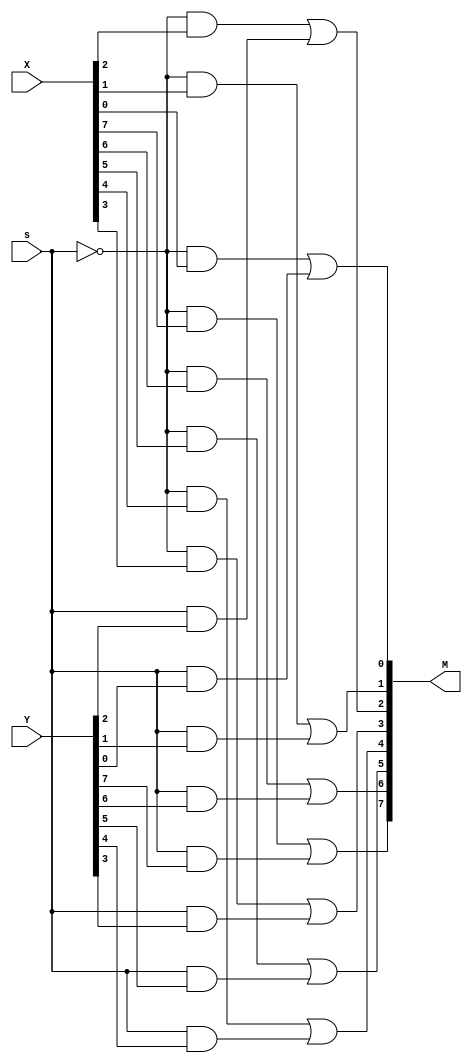
module base_8xMUX2to1 (	input s, 
								input [7:0] X, Y,
								output [7:0] M);			
							
	assign M[7] = ((~s & X[7])|(s & Y[7]));
	assign M[6] = ((~s & X[6])|(s & Y[6]));
	assign M[5] = ((~s & X[5])|(s & Y[5]));
	assign M[4] = ((~s & X[4])|(s & Y[4]));
	assign M[3] = ((~s & X[3])|(s & Y[3]));
	assign M[2] = ((~s & X[2])|(s & Y[2]));
	assign M[1] = ((~s & X[1])|(s & Y[1]));
	assign M[0] = ((~s & X[0])|(s & Y[0]));
	//assign M = ((~s & X) | (s & Y));
							
endmodule